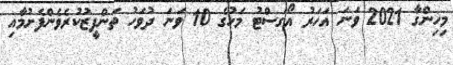
މިހިންގާ 2021 ވަނަ އަހަރު އޯގަސްޓު މަހުގެ 10 ވަނަ ދުވަހު ތަންފީޒުކުރެވެންފެށުމާއި